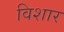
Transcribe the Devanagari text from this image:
विशार